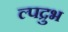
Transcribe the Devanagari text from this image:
ल्पद्रुभ